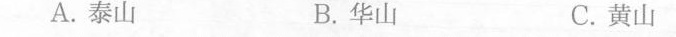
A.泰山 B.华山 C.黄山